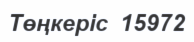
Төңкеріс  15972